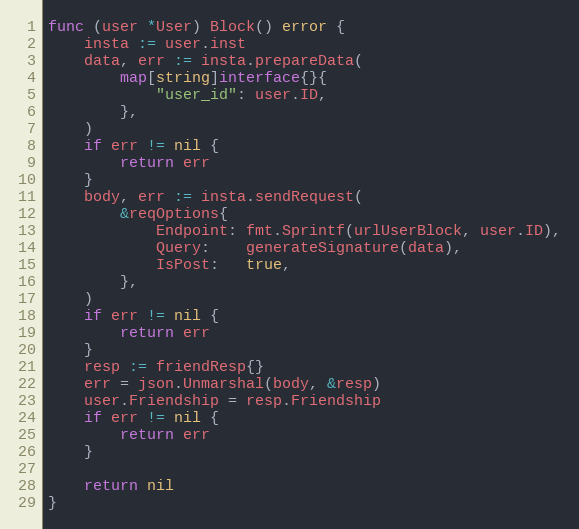
Language: Go
func (user *User) Block() error {
	insta := user.inst
	data, err := insta.prepareData(
		map[string]interface{}{
			"user_id": user.ID,
		},
	)
	if err != nil {
		return err
	}
	body, err := insta.sendRequest(
		&reqOptions{
			Endpoint: fmt.Sprintf(urlUserBlock, user.ID),
			Query:    generateSignature(data),
			IsPost:   true,
		},
	)
	if err != nil {
		return err
	}
	resp := friendResp{}
	err = json.Unmarshal(body, &resp)
	user.Friendship = resp.Friendship
	if err != nil {
		return err
	}

	return nil
}